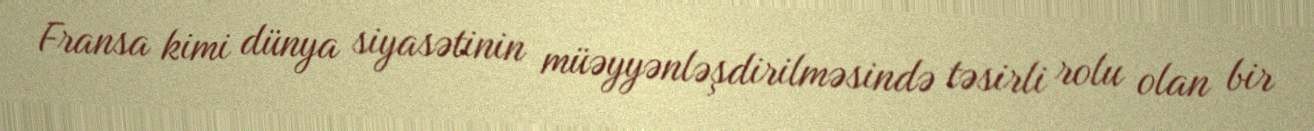
Fransa kimi dünya siyasətinin müəyyənləşdirilməsində təsirli rolu olan bir